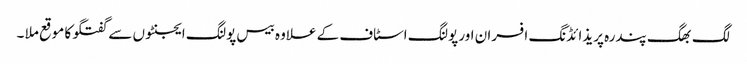
لگ بھگ پندرہ پریذائڈنگ افسران اور پولنگ اسٹاف کے علاوہ بیس پولنگ ایجنٹوں سے گفتگو کا موقع ملا ۔